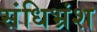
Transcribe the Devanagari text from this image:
संधिभ्रंश